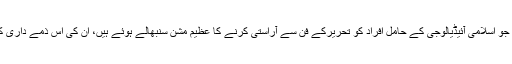
اس کی فکر اور اس تحریر کا واحد مقصد ان حضرات کو، جو اسلامی آئیڈیالوجی کے حامل افراد کو تحریرکے فن سے آراستی کرنے کا عظیم مشن سنبھالے ہوئے ہیں، ان کی اس ذمے داری کی جانب متوجہ کرنا ہے، کہ ابھی آپ کا کام ختم نہیں ہوا۔